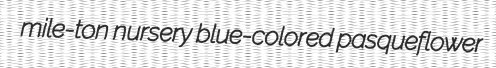
mile-ton nursery blue-colored pasqueflower